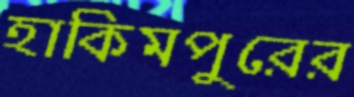
হাকিমপুরের